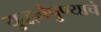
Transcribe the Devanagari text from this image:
युद्धनैपुण्याचे